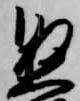
懸